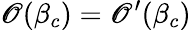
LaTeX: \mathscr{O}(\beta_{c})=\mathscr{O}^{\prime}(\beta_{c})